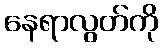
နေရာလွတ်ကို